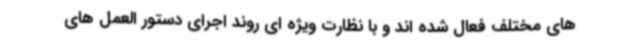
های مختلف فعال شده اند و با نظارت ویژه ای روند اجرای دستور العمل های